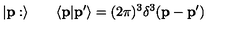
\vert { \bf p } : \rangle \qquad \langle { \bf p } \vert { \bf p } ^ { \prime } \rangle = ( 2 \pi ) ^ { 3 } \delta ^ { 3 } ( { \bf p } - { \bf p } ^ { \prime } )